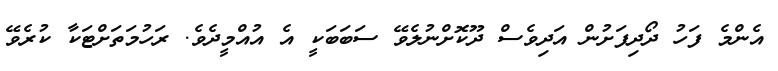
އެންމެ ފަހު ދޯދިފަށުން އަދިވެސް ދޫކޮށްނުލެވޭ ސަބަބަކީ އެ އުއްމީދެވެ. ރަހުމަތަށްޓަކާ ކުރެވޭ